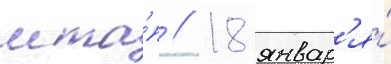
мта́п // 18 январ'я́